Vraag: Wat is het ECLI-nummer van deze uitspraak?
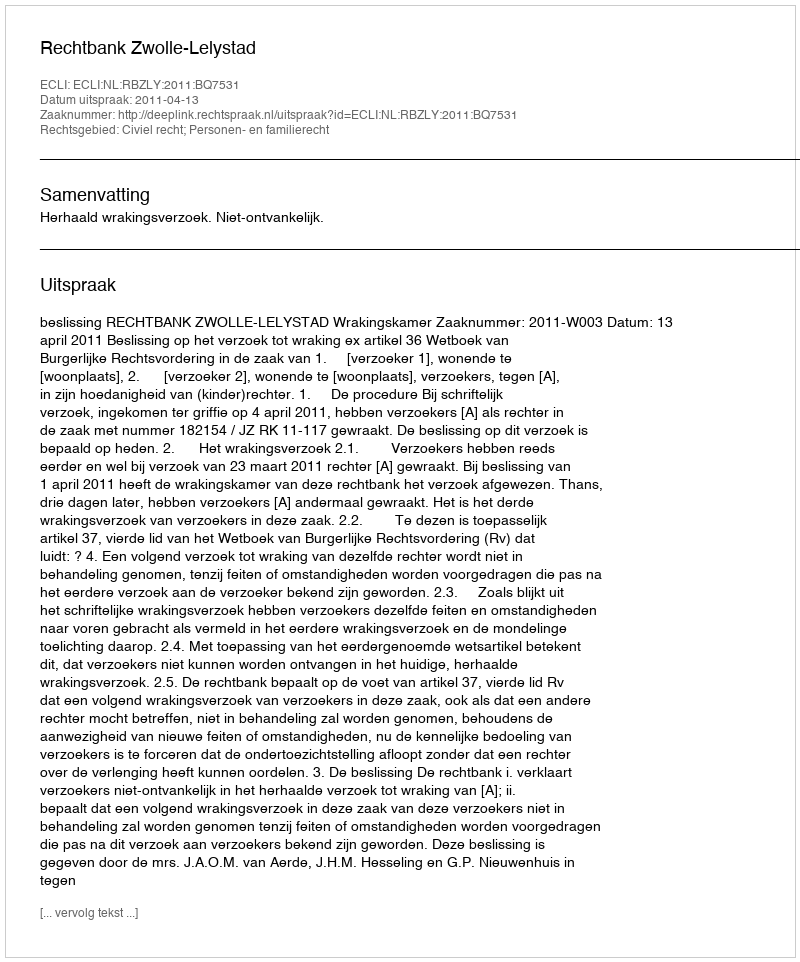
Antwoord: ECLI:NL:RBZLY:2011:BQ7531